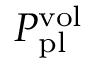
P _ { \mathrm { p l } } ^ { \mathrm { v o l } }